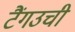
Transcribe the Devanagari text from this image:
टैंगउची